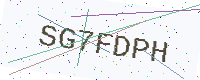
Text: SG7FDPH